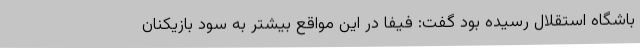
باشگاه استقلال رسیده بود گفت:‌ فیفا در این مواقع بیشتر به سود بازیکنان